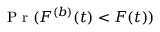
\mathrm { ~ P ~ r ~ } ( F ^ { ( b ) } ( t ) < F ( t ) )